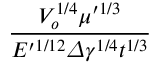
\frac { V _ { o } ^ { 1 / 4 } \mu ^ { \prime 1 / 3 } } { E ^ { \prime 1 / 1 2 } \varDelta \gamma ^ { 1 / 4 } t ^ { 1 / 3 } }